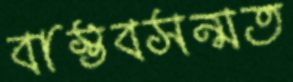
বাস্তবসন্মত